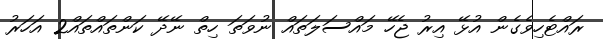
ރައްޓެހިވެގެން އުޅޭ އިރު ޖެހޭ މައްސަލަތައް ނުވަތަ ހިތް ނޭދޭ ކަންތައްތައް2 އަހަރު